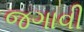
જગાવી